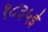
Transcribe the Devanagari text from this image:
१८३५ई